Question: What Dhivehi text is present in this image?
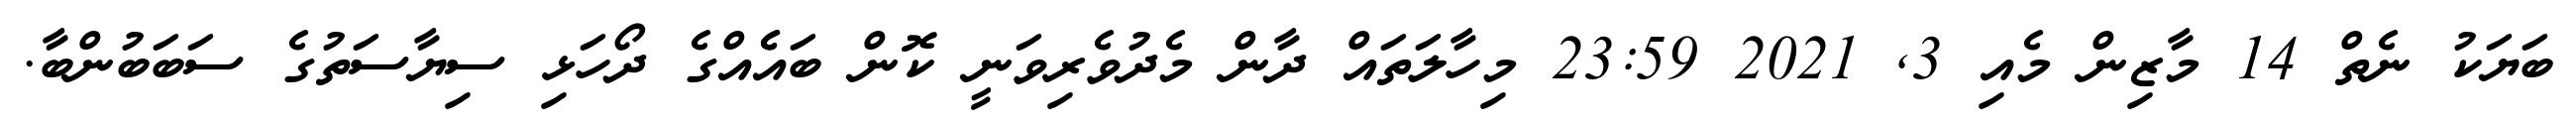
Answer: ބަޔަކު ނެތް 14 މާޒިން މެއި 3, 2021 23:59 މިހާލަތައް ދާން މެދުވެރިވަނީ ކޮން ބައެެއްގެ ދޯހަޅި ސިޔާސަތުގެ ސަބަބުންބާ.